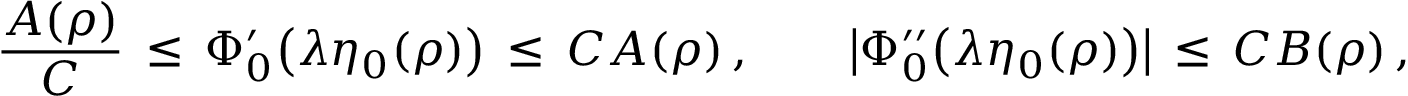
\frac { A ( \rho ) } { C } \, \le \, \Phi _ { 0 } ^ { \prime } \bigl ( \lambda \eta _ { 0 } ( \rho ) \bigr ) \, \le \, C A ( \rho ) \, , \qquad \bigl | \Phi _ { 0 } ^ { \prime \prime } \bigl ( \lambda \eta _ { 0 } ( \rho ) \bigr ) \bigr | \, \le \, C B ( \rho ) \, , \qquad